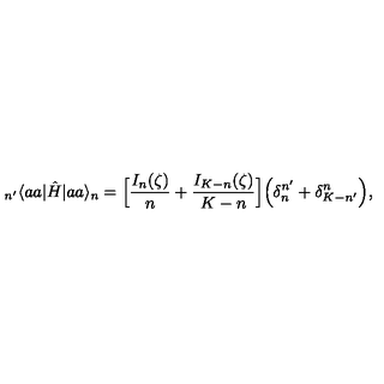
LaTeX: _ { n ^ { \prime } } \langle a a | \hat { H } | a a \rangle _ { n } = \Big [ \frac { I _ { n } ( \zeta ) } { n } + \frac { I _ { K - n } ( \zeta ) } { K - n } \Big ] \Big ( \delta _ { n } ^ { n ^ { \prime } } + \delta _ { K - n ^ { \prime } } ^ { n } \Big ) ,